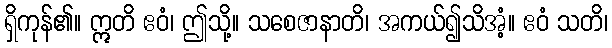
ရှိကုန်၏။ ဣတိ ဧဝံ၊ ဤသို့။ သစေဇာနာတိ၊ အကယ်၍သိအံ့။ ဧဝံ သတိ၊